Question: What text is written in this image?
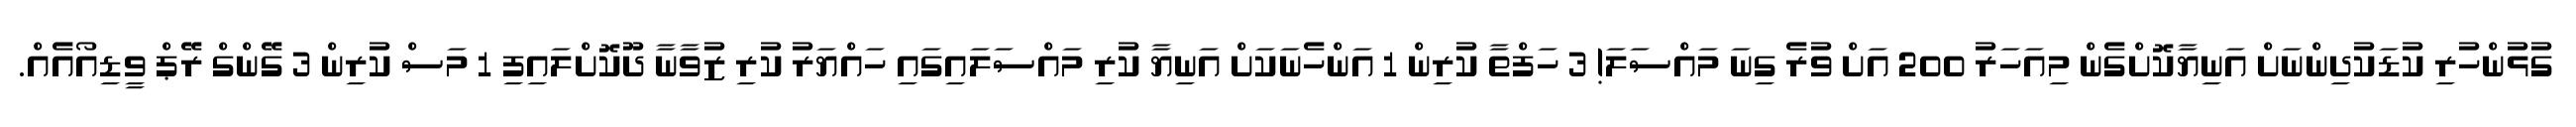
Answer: ގުޅުންހުރި ކުޑަކުދިންނަށް އަނިޔާކޮށްގެން މިއަހަރު 200 އަށް ވުރެ ގިނަ މައްސަލަ! 3 ހަފްތާ ކުރިން 1 އަންހެނަކަށް އަނިޔާ ކުރި މައްސަލައިގައި ހައްޔަރު ކުރި ޒުވާނާ ދޫކޮށްލައިފި 1 މަސް ކުރިން 3 ގޭންގް ރޭޕް ވީޑިއޯއެއް.